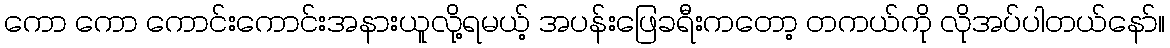
ကော ကော ကောင်းကောင်းအနားယူလို့ရမယ့် အပန်းဖြေခရီးကတော့ တကယ်ကို လိုအပ်ပါတယ်နော်။